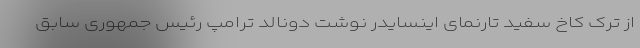
از ترک کاخ سفید تارنمای اینسایدر نوشت دونالد ترامپ رئیس جمهوری سابق